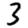
Digit: 3